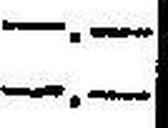
—.—